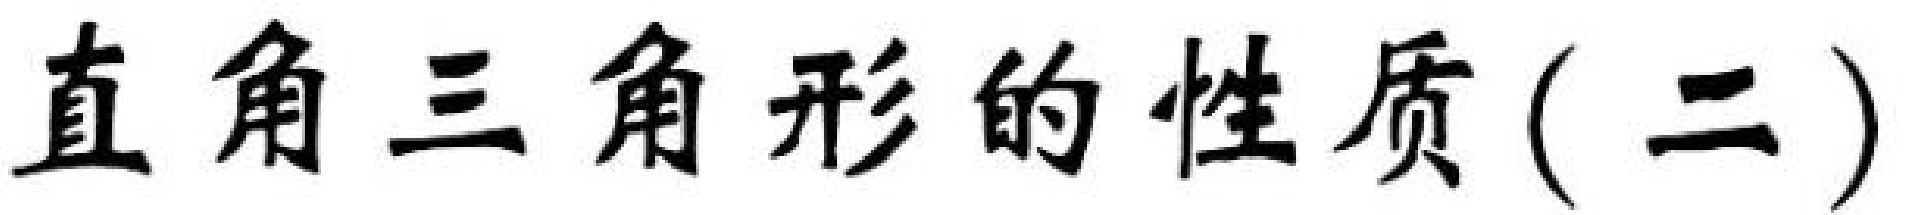
直角三角形的性质(二)